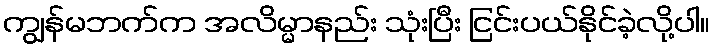
ကျွန်မဘက်က အလိမ္မာနည်း သုံးပြီး ငြင်းပယ်နိုင်ခဲ့လို့ပါ။